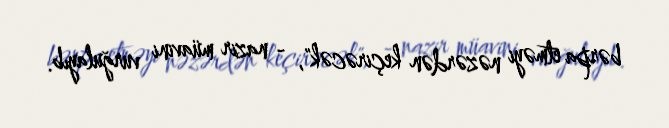
bərpa etməyi nəzərdən keçirəcək", - nazir müavini vurğulayıb.